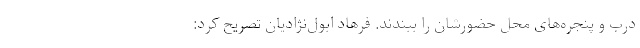
درب و پنجره‌های محل حضورشان را ببندند. فرهاد ابول‌نژادیان تصریح کرد: